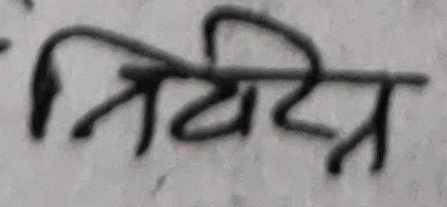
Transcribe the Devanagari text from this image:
विविध